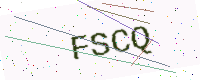
Text: FSCQ